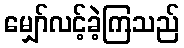
မျှော်လင့်ခဲ့ကြသည်